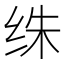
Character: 𰬏